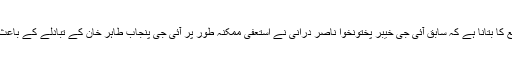
ذرائع کا بتانا ہے کہ سابق آئی جی خیبر پختونخوا ناصر درانی نے استعفیٰ ممکنہ طور پر آئی جی پنجاب طاہر خان کے تبادلے کے باعث دیا۔